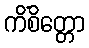
ကိံစိတ္တော